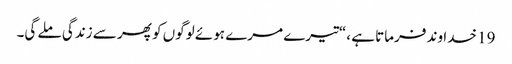
19 خدا وند فرماتا ہے ،“تیرے مرے ہوئے لوگوں کو پھر سے زندگی ملے گی۔